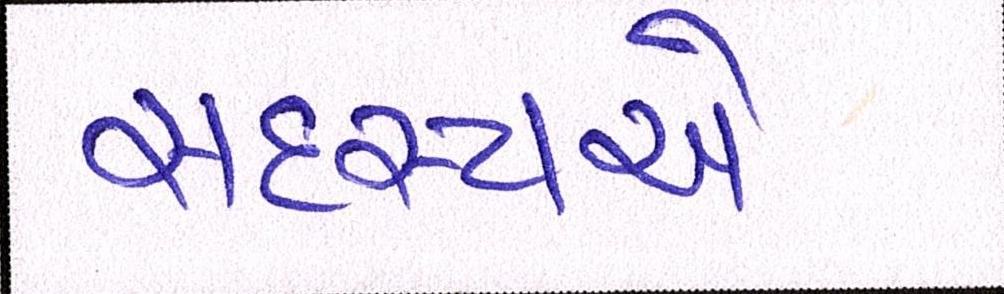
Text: સદસ્યએ